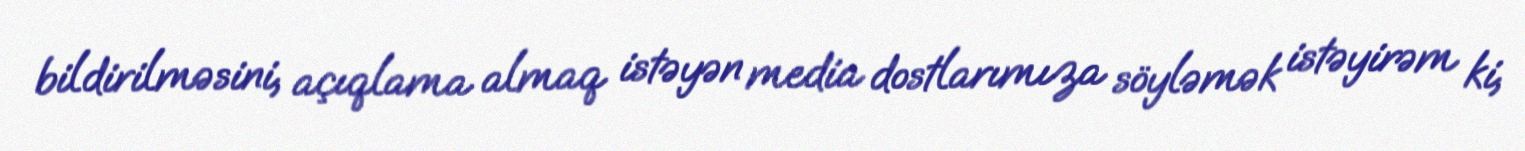
bildirilməsini, açıqlama almaq istəyən media dostlarımıza söyləmək istəyirəm ki,